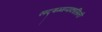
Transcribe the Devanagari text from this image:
सद्षम्मप्पकासिनी